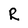
Character: R